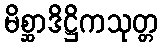
မိစ္ဆာဒိဋ္ဌိကသုတ္တ